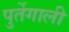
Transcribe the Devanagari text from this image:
पुर्तेगाली